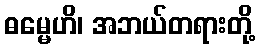
ဓမ္မေဟိ၊ အဘယ်တရားတို့